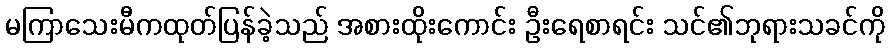
မကြာသေးမီကထုတ်ပြန်ခဲ့သည် အစားထိုးကောင်း ဦးရေစာရင်း သင်၏ဘုရားသခင်ကို